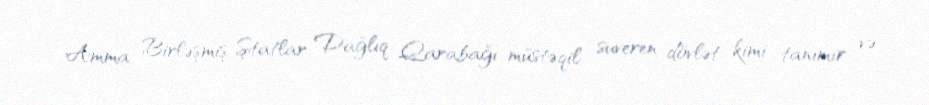
Amma Birləşmiş Ştatlar Dağlıq Qarabağı müstəqil suveren dövlət kimi tanımır və